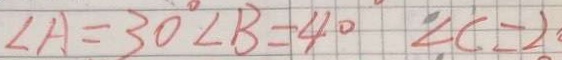
\angle A = 3 0 ^ { \circ } \angle B = 4 0 \angle C = 2